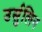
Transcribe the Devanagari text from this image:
उर्सुलिन